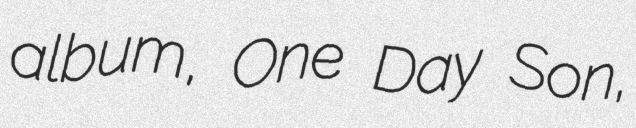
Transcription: album, One Day Son,